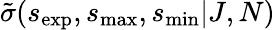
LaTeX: \tilde{\sigma}(s_{\mathrm{{exp}}},s_{\operatorname*{max}},s_{\operatorname*{min}}|J,N)